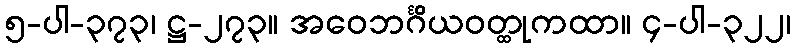
၅-ပါ-၃၇၃၊ ဋ္ဌ-၂၇၃။ အဝေဘင်္ဂိယဝတ္ထုကထာ။ ၄-ပါ-၃၂၂၊